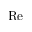
\mathrm { R e }